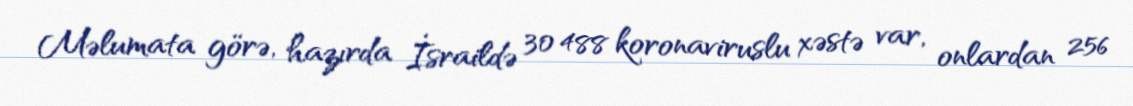
Məlumata görə, hazırda İsraildə 30 488 koronaviruslu xəstə var, onlardan 256